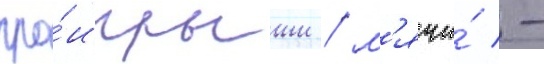
про́игрыши / м'ячи́ -